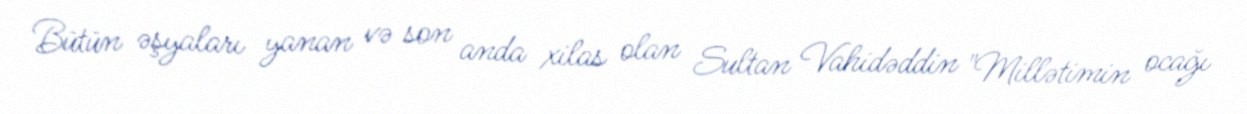
Bütün əşyaları yanan və son anda xilas olan Sultan Vahidəddin "Millətimin ocağı